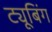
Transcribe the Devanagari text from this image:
ट्यूबिंग